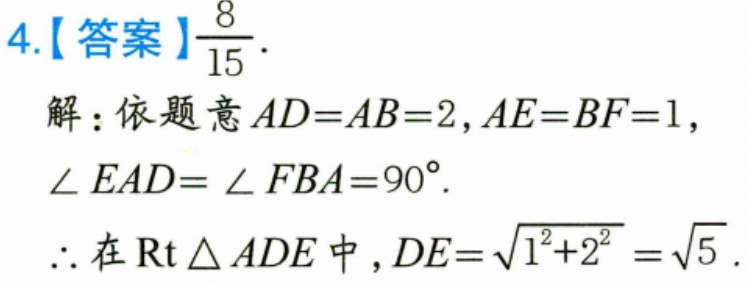
4.【答案】\(\dfrac{8}{15}\).
解：依题意\(AD = AB = 2\)，\(AE = BF = 1\)，
\(\angle EAD=\angle FBA = 90^{\circ}\).
\(\therefore\)在\(\text{Rt}\triangle ADE\)中，\(DE=\sqrt{1^{2}+2^{2}}=\sqrt{5}\).